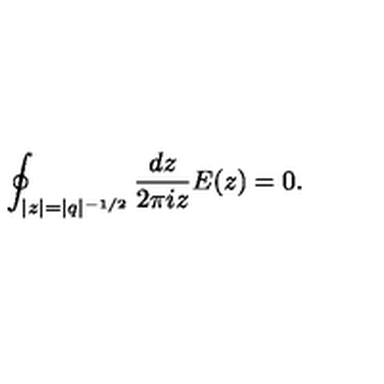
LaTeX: \oint _ { | z | = | q | ^ { - 1 / 2 } } \frac { d z } { 2 \pi i z } E ( z ) = 0 .